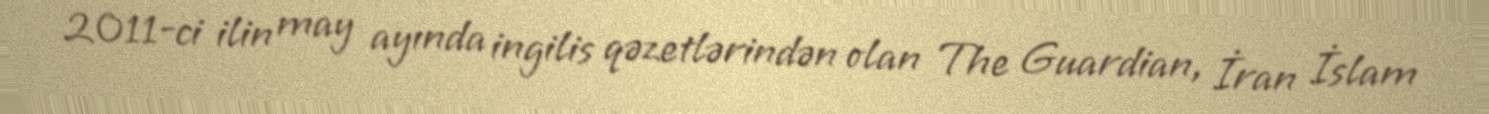
2011-ci ilin may ayında ingilis qəzetlərindən olan The Guardian, İran İslam